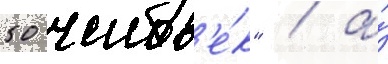
50 челов'е́к" / а́